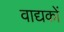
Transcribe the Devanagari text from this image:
वाद्यकों